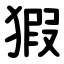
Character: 猳